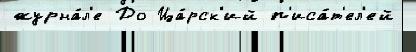
журна́л'е До Ца́рск'ий п'иса́т'ел'ей